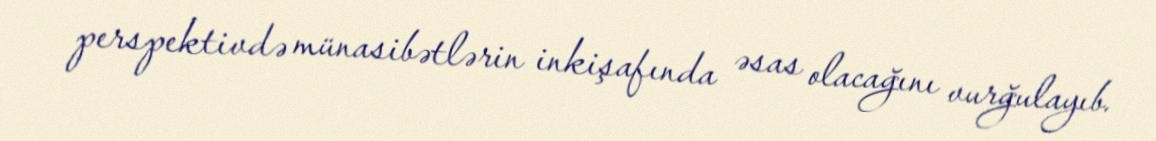
perspektivdə münasibətlərin inkişafında əsas olacağını vurğulayıb.